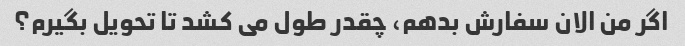
اگر من الان سفارش بدهم، چقدر طول می کشد تا تحویل بگیرم؟